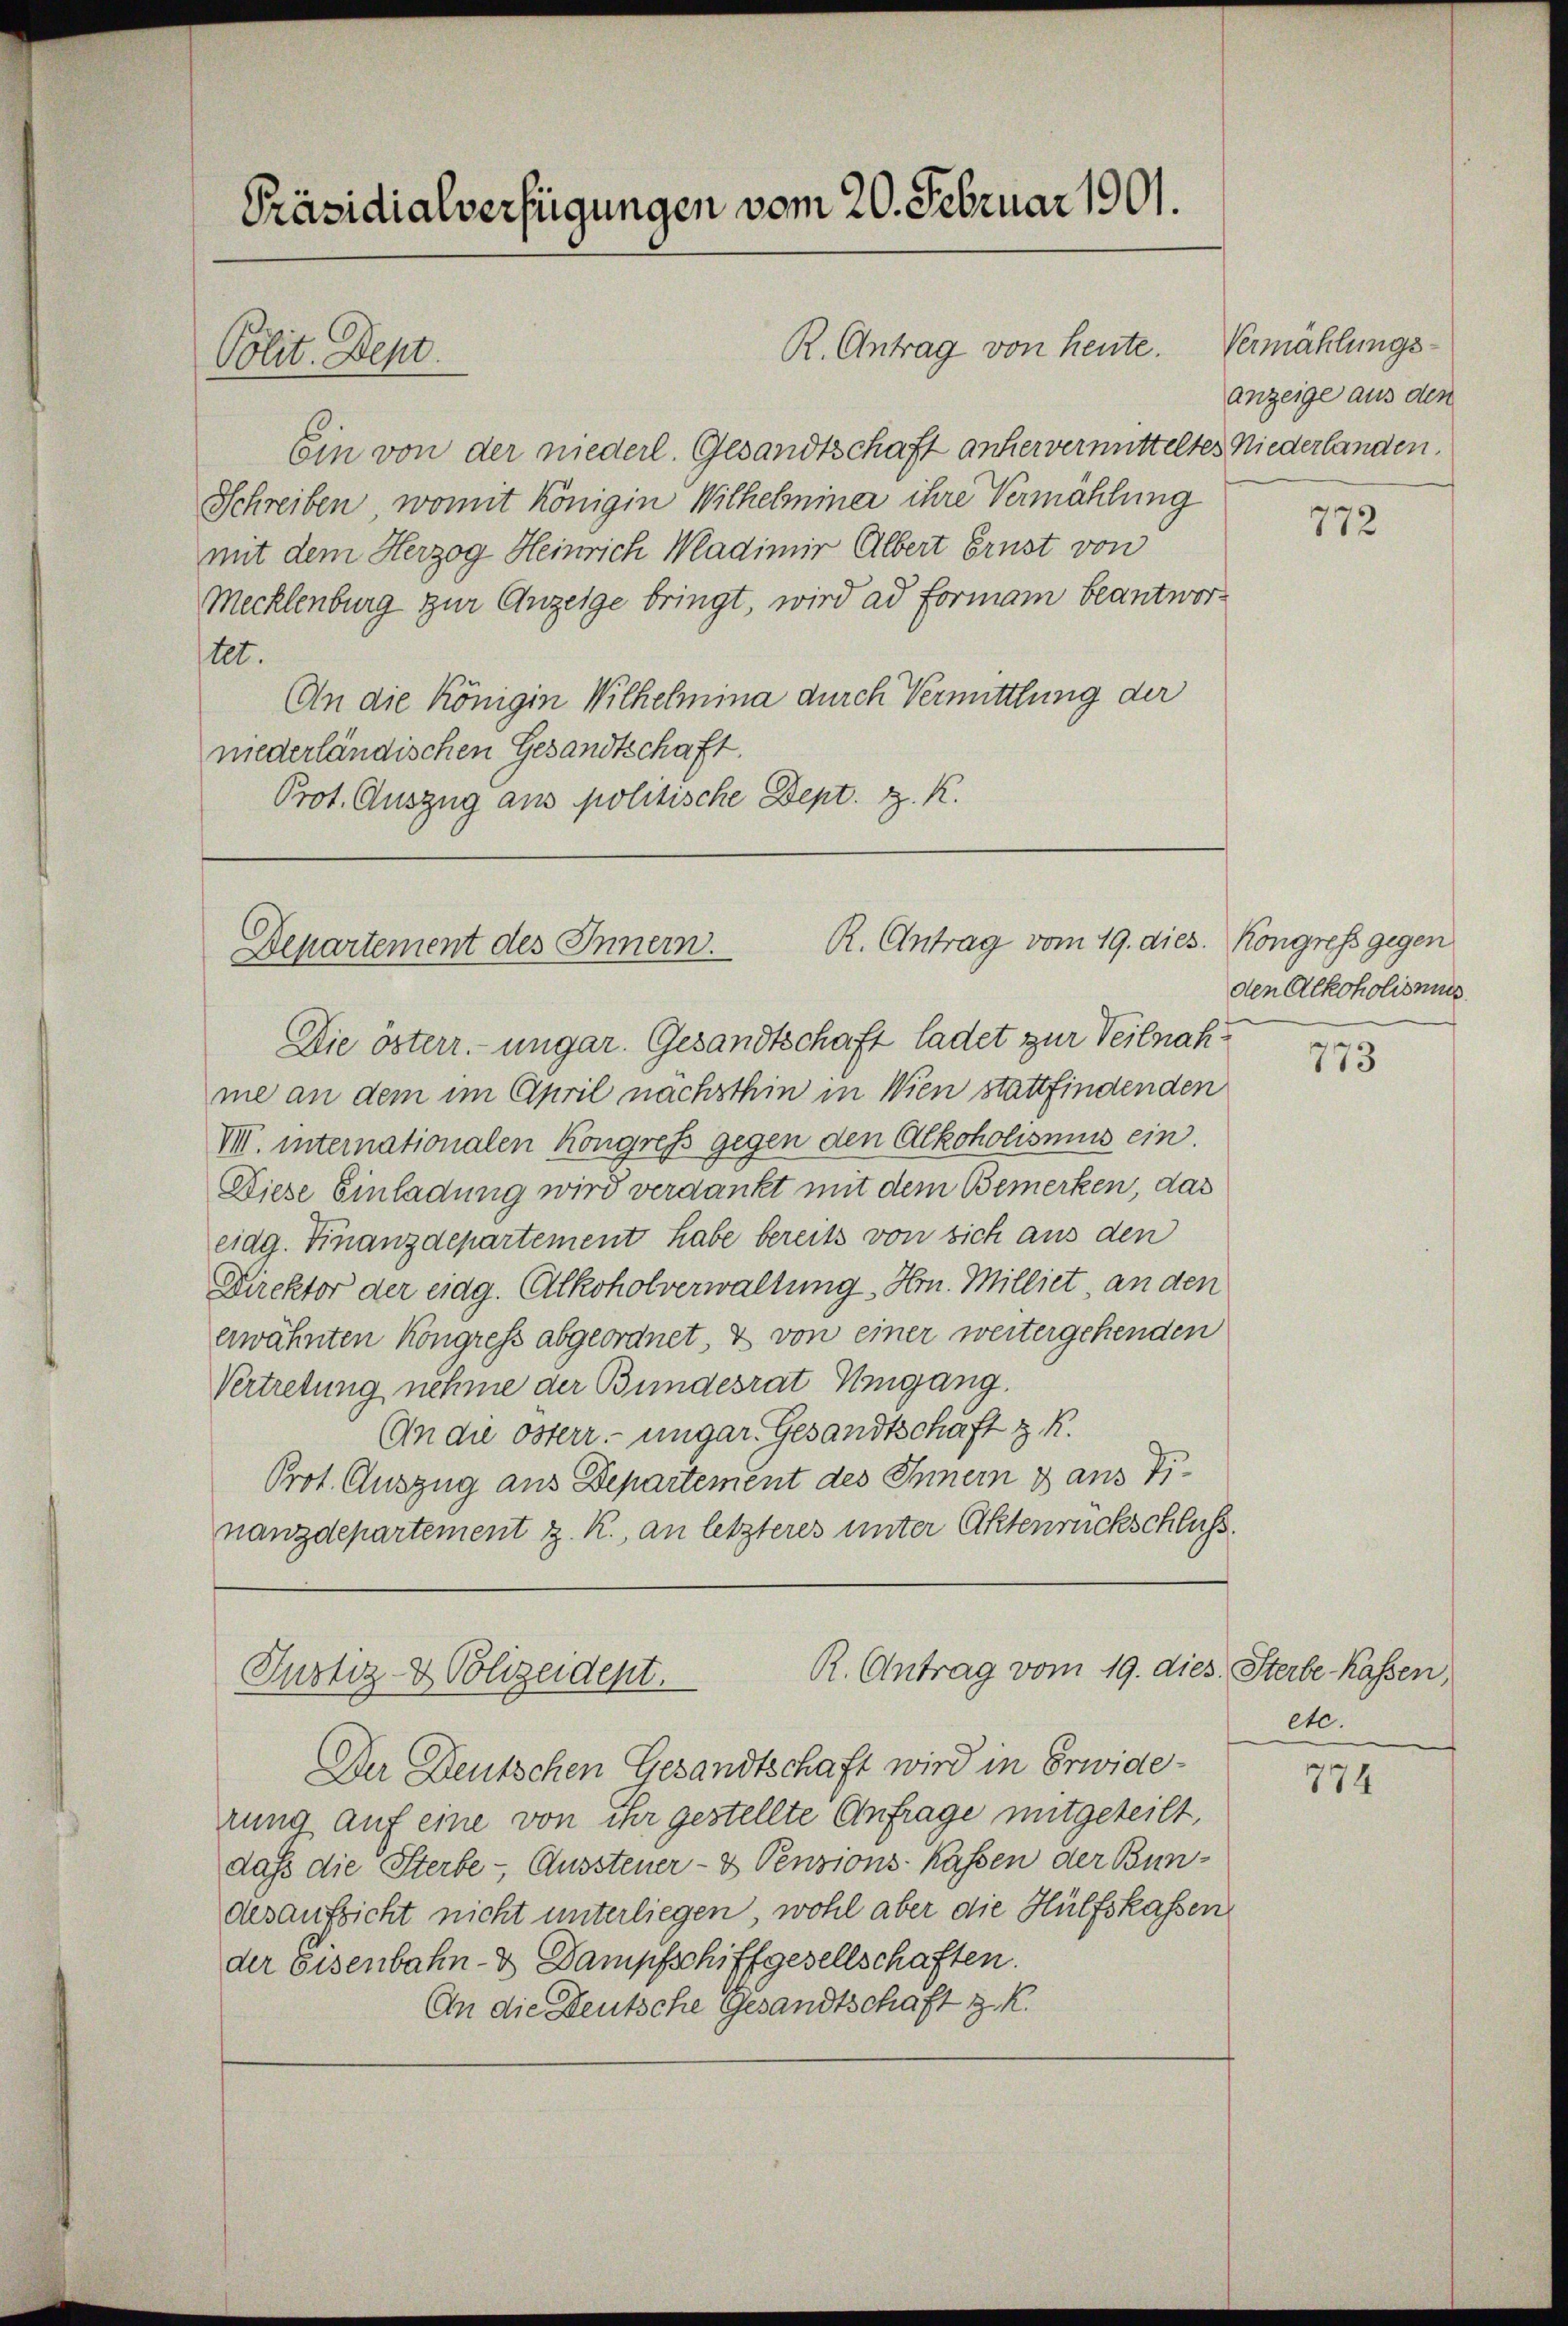
Präsidialverfügungen vom 20. Februar 1901.
R. Antrag von heute.
Polit. Dept.

Ein von der niederl. Gesandtschaft anhervermitteltes Niederlanden.
Schreiben, womit Königin Wilhelminer ihre Vermählung
mit dem Herzog Heinrich Madimir Albert Ernst von
Mecklenburg zur Anzeige bringt, wird ad Formann beantworet.
An die Königin Wilhelmina durch Vermittlung der
niederländischen Gesandtschaft.
Prot. Auszug aus politische Dept. z. K.

Departement des Innern. R. Antrag vom 19. dies. Kongress gegen

Die österr. ungar. Gesandtschaft ladet zur Teilnahme an dem im April nächsthin in Wien stattfindenden
V. internationalen Kongress gegen den Alkoholismus ein.
Diese Einladung wird verdankt mit dem Bemerken, das
eidg. Finanzdepartement habe bereits von sich aus den
Direktor der eidg. Alkoholverwaltung Hrn. Milliet an den
erwähnten Kongress abgeordnet, & von einer weitergehenden
Vertretung nehme der Bundesrat Umgang.
An die österr. ungar. Gesandtschaft z. R.
Prot. Auszug aus Departement des Innern dans Tinanzdepartement z. K., an letzteres unter Aktenrückschluss.

R. Antrag vom 19. dies. Sterbe Kassen,
Justiz- & Polizeident.

Vermählungsanzeige aus den

Der Deutschen Gesandtschaft wird in Erwiderung auf eine von ihr gestellte Anfrage mitgeteilt,
daß die Sterbe - Aussteuer- & Pensionskassen der Bundesaufsicht nicht unterliegen, wohl aber die Hülfskassen
der Eisenbahn- & Dampfschiffgesellschaften.
An die Deutsche Gesandtschaft z. K.

772

den Alkoholismus.

773

etc.

774